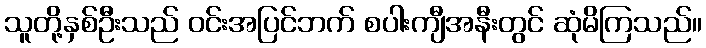
သူတို့နှစ်ဦးသည် ဝင်းအပြင်ဘက် စပါးကျီအနီးတွင် ဆုံမိကြသည်။